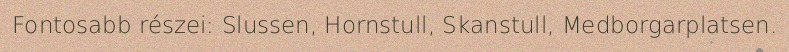
Fontosabb részei: Slussen, Hornstull, Skanstull, Medborgarplatsen.